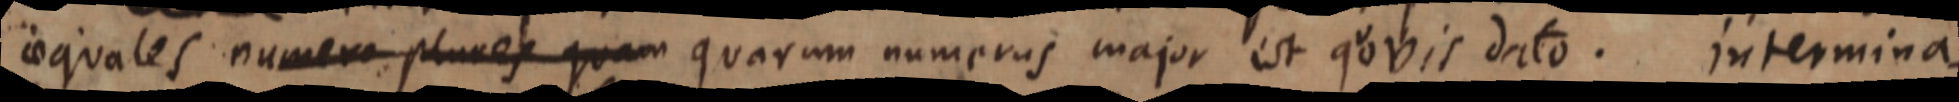
aequales numeri plures quam quarum numerus major est quovis dato. Intermina